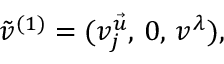
\tilde { v } ^ { ( 1 ) } = ( v _ { j } ^ { \vec { u } } , \, 0 , \, v ^ { \lambda } ) ,